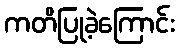
ကတိပြုခဲ့ကြောင်း